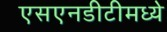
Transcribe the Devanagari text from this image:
एसएनडीटीमध्ये